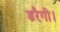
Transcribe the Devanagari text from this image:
डरैगी।